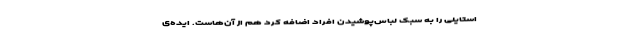
استایلی را به سبک لباس‌پوشیدن افراد اضافه کرد هم از آن‌هاست. ایده‌ی